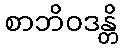
စာဘိဝဒန္တိ